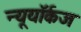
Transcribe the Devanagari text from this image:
न्यूयॉर्कज